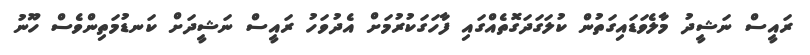
ރައީސް ނަޝީދު މާލެވަޑައިގަތުން ކުލަގަދަގޮތެއްގައި ފާހަގަކުރުމަށް އެދުވަހު ރައީސް ނަޝީދަށް ކަނޑުމަތިންވެސް ހޫނު